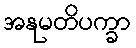
အနုမတိပက္ခာ